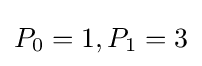
P_{0}=1,P_{1}=3